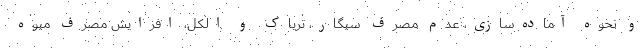
و نحوه آماده‌سازی، عدم مصرف سیگار، تریاک و الکل، افزایش مصرف میوه